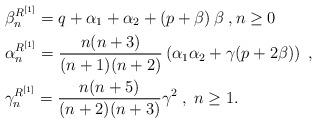
LaTeX: \begin{align*} & \beta_{n}^{R^{[1]}}= q+\alpha_{1} +\alpha_{2} + \left(p+\beta \right)\beta \; , n \geq 0\\ &\alpha_{n}^{R^{[1]}} = \frac{n(n+3)}{(n+1)(n+2)}\left( \alpha_{1} \alpha_{2} + \gamma(p+2\beta)\right) \; , \quad\\ & \gamma_{n}^{R^{[1]}} = \frac{n(n+5)}{(n+2)(n+3)}\gamma^{2} \; , \; n \geq 1. \end{align*}